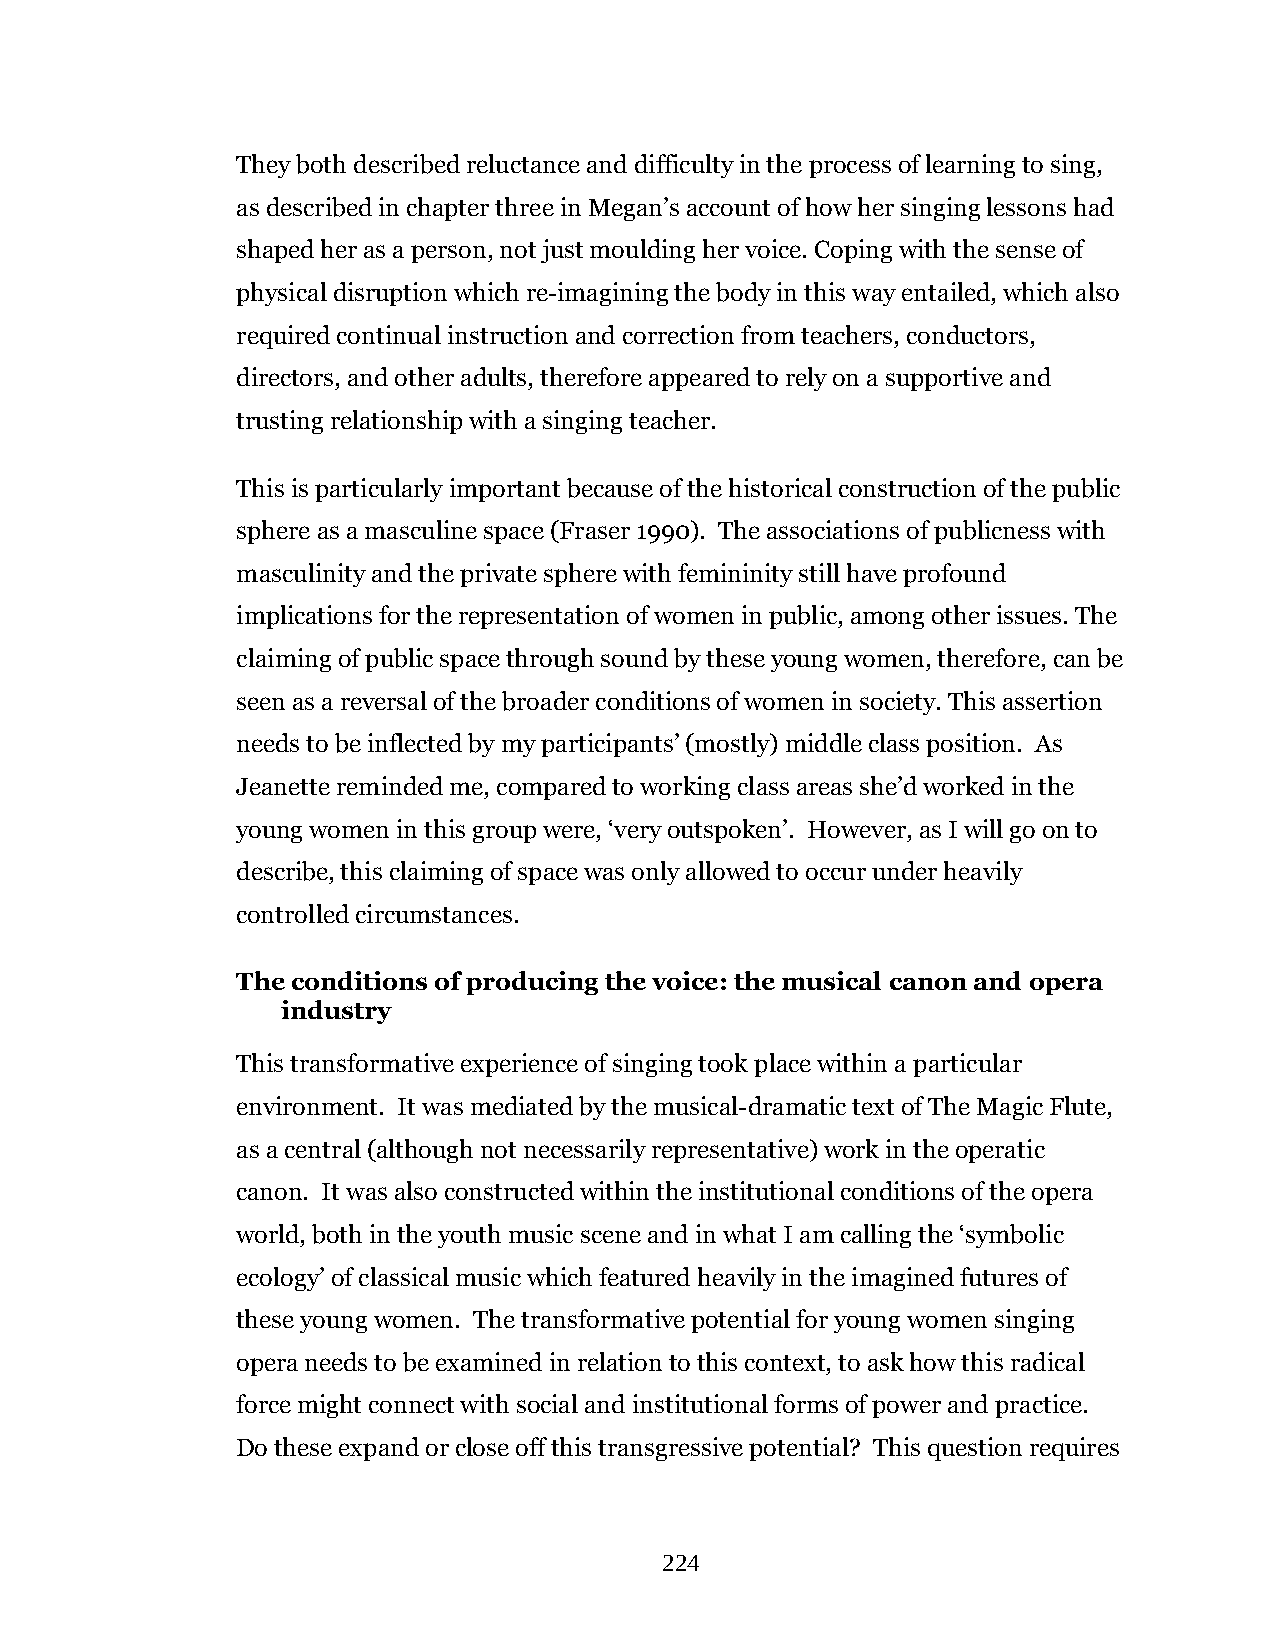
They both described reluctance and difficulty in the process of learning to sing,
 as described in chapter three in Megan’s account of how her singing lessons had
 shaped her as a person, not just moulding her voice. Coping with the sense of
 physical disruption which re-imagining the body in this way entailed, which also
 required continual instruction and correction from teachers, conductors,
 directors, and other adults, therefore appeared to rely on a supportive and
 trusting relationship with a singing teacher.
 This is particularly important because of the historical construction of the public
 sphere as a masculine space (Fraser 1990). The associations of publicness with
 masculinity and the private sphere with femininity still have profound
 implications for the representation of women in public, among other issues. The
 claiming of public space through sound by these young women, therefore, can be
 seen as a reversal of the broader conditions of women in society. This assertion
 needs to be inflected by my participants’ (mostly) middle class position. As
 Jeanette reminded me, compared to working class areas she’d worked in the
 young women in this group were, ‘very outspoken’. However, as I will go on to
 describe, this claiming of space was only allowed to occur under heavily
 controlled circumstances.
 The conditions of producing the voice: the musical canon and opera
 industry
 This transformative experience of singing took place within a particular
 environment. It was mediated by the musical-dramatic text of The Magic Flute,
 as a central (although not necessarily representative) work in the operatic
 canon. It was also constructed within the institutional conditions of the opera
 world, both in the youth music scene and in what I am calling the ‘symbolic
 ecology’ of classical music which featured heavily in the imagined futures of
 these young women. The transformative potential for young women singing
 opera needs to be examined in relation to this context, to ask how this radical
 force might connect with social and institutional forms of power and practice.
 Do these expand or close off this transgressive potential? This question requires
 224